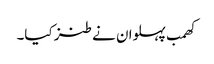
کھمب پہلوان نے طنز کیا۔